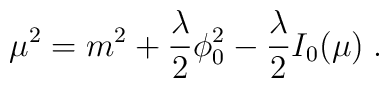
\mu^2=m^2+{{\lambda}\over 2}\phi_0^2 -{{\lambda}\over 2} I_0(\mu) \; .